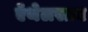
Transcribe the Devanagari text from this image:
ऍथेलस्तन